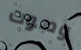
وصوت